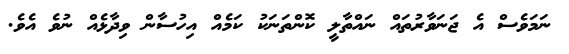
ނަމަވެސް އެ ޖަނަވާރުތައް ނައްތާލީ ކޮންތަނަކު ކަމެއް އިހުސާން ވިދާޅެއް ނުވެ އެވެ.